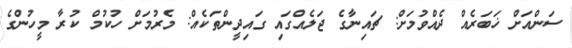
ސަންއަށް ޚަބަރެއް ދެއްވުމަށް: ޗައިނާގެ ޖަލެއްގައި ގައިދީންތަކެއް: މެރުމަށް ހުކުމް ކުރާ މީހުންގެ